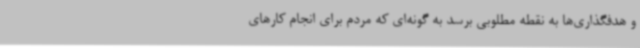
و هدفگذاری‌ها به نقطه مطلوبی برسد به گونه‌ای که مردم برای انجام کارهای